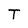
Character: T